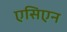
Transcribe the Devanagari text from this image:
एसिएन